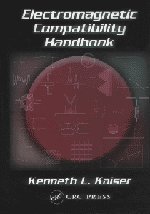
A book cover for Electromagnetic Compatibility Handbook; Kenneth L. Kaiser; Science & Math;